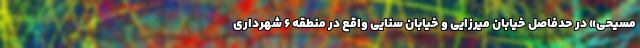
مسیحی» در حدفاصل خیابان میرزایی و خیابان سنایی واقع در منطقه ۶ شهرداری